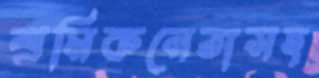
শ্রমিকনেতাসহ